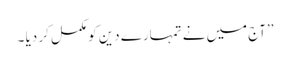
’’آج میں نے تمہارے دین کو مکمل کر دیا ۔